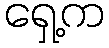
ရှေ့က